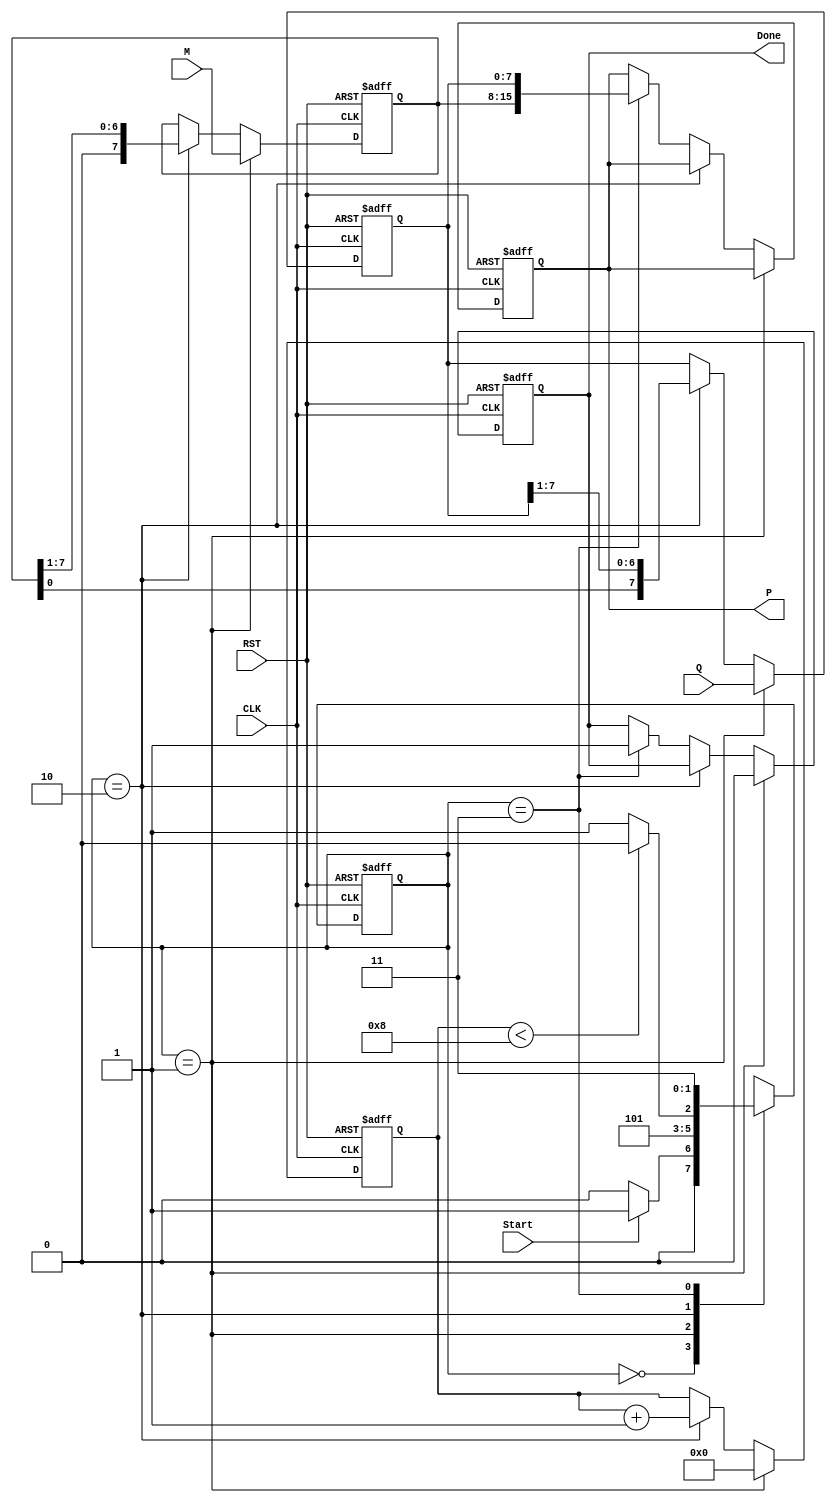
module modified_booth_multiplier #(
    parameter WIDTH = 8 // Bit width for multiplicand and multiplier
)(
    input  wire [WIDTH-1:0] M,      // Multiplicand
    input  wire [WIDTH-1:0] Q,      // Multiplier
    input  wire Start,               // Start signal
    input  wire CLK,                 // Clock
    input  wire RST,                 // Reset
    output reg [2*WIDTH-1:0] P,      // Product
    output reg Done                  // Done signal
);

    reg [WIDTH-1:0] A;              // Accumulator
    reg [WIDTH-1:0] Q_reg;          // Multiplier register
    reg Q_1;                        // Previous bit of multiplier
    reg [3:0] count;                // Counter for iterations
    reg [2*WIDTH-1:0] product_temp; // Temporary product storage

    // State definitions
    localparam IDLE = 2'b00;
    localparam LOAD = 2'b01;
    localparam COMPUTE = 2'b10;
    localparam DONE = 2'b11;

    reg [1:0] state, next_state;

    // FSM for controlling the multiplication process
    always @(posedge CLK or posedge RST) begin
        if (RST) begin
            state <= IDLE;
            A <= 0;
            Q_reg <= 0;
            Q_1 <= 0;
            count <= 0;
            P <= 0;
            Done <= 0;
        end else begin
            state <= next_state;
            if (state == LOAD) begin
                A <= M;          // Load multiplicand into A
                Q_reg <= Q;      // Load multiplier into Q
                Q_1 <= 0;        // Initialize Q-1
                count <= 0;      // Reset counter
                Done <= 0;
            end else if (state == COMPUTE) begin
                // Perform Modified Booth's algorithm
                case ({Q_reg[0], Q_1})
                    2'b01: A <= A + M;           // Add M to A
                    2'b10: A <= A - M;           // Subtract M from A
                    2'b00, 2'b11: A <= A;        // Do nothing
                endcase

                // Arithmetic right shift
                {A, Q_reg, Q_1} <= {A, Q_reg, Q_1} >> 1;
                count <= count + 1;
            end else if (state == DONE) begin
                P <= {A, Q_reg}; // Combine A and Q for final product
                Done <= 1;       // Set done signal
            end
        end
    end

    // Next state logic
    always @(*) begin
        case (state)
            IDLE: begin
                if (Start) begin
                    next_state = LOAD;
                end else begin
                    next_state = IDLE;
                end
            end
            LOAD: begin
                next_state = COMPUTE;
            end
            COMPUTE: begin
                if (count < WIDTH) begin
                    next_state = COMPUTE;
                end else begin
                    next_state = DONE;
                end
            end
            DONE: begin
                next_state = DONE; // Stay in done state
            end
            default: next_state = IDLE;
        endcase
    end

endmodule